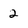
Character: 2